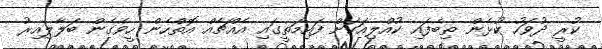
ކުރީ ދުވަހު ކުޅެން ތިބެފައި ކުއްލިއަކަށް ފައިމަތީގައި އެއްޗެއް އޮތްހެން ހީވެގެން ބަލާލިއިރު